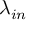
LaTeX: \lambda _ { i n }